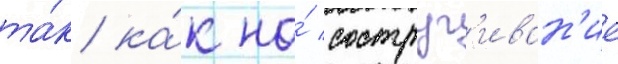
та́к ка́к на́ соструг'иван'ие